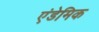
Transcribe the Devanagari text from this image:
एंडेमिक